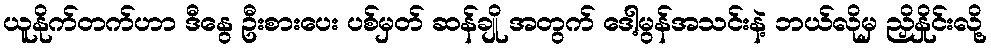
ယူနိုက်တက်ဟာ ဒီနွေ ဦးစားပေး ပစ်မှတ် ဆန်ချို အတွက် ဒေါ့မွန်အသင်းနဲ့ ဘယ်လိုမှ ညှိနှိုင်းလို့